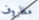
مظروف